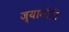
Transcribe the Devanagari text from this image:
ज्यामीति